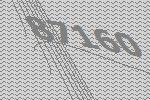
87160